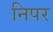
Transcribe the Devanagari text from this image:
निपर